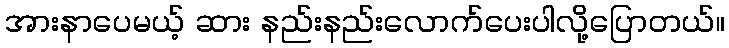
အားနာပေမယ့် ဆား နည်းနည်းလောက်ပေးပါလို့ပြောတယ်။